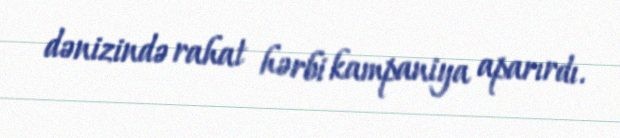
dənizində rahat hərbi kampaniya aparırdı.